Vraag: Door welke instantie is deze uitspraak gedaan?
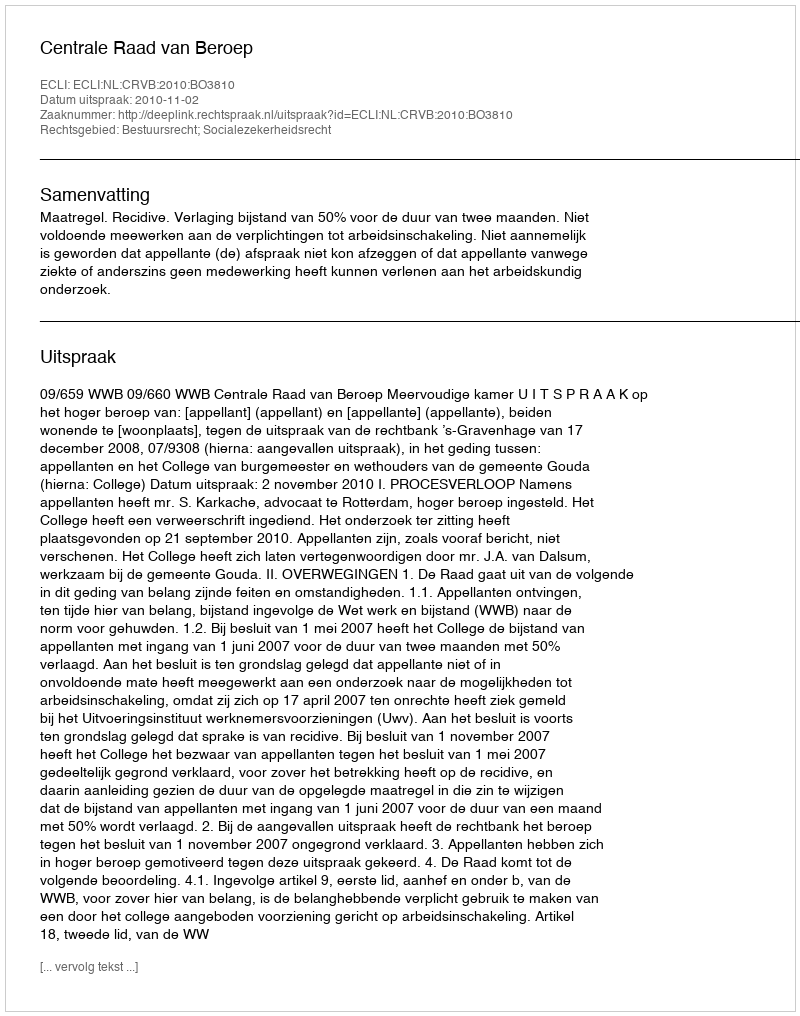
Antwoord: Centrale Raad van Beroep